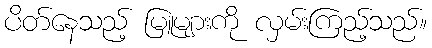
ပိတ်နေသည့် မြူများကို လှမ်းကြည့်သည်။